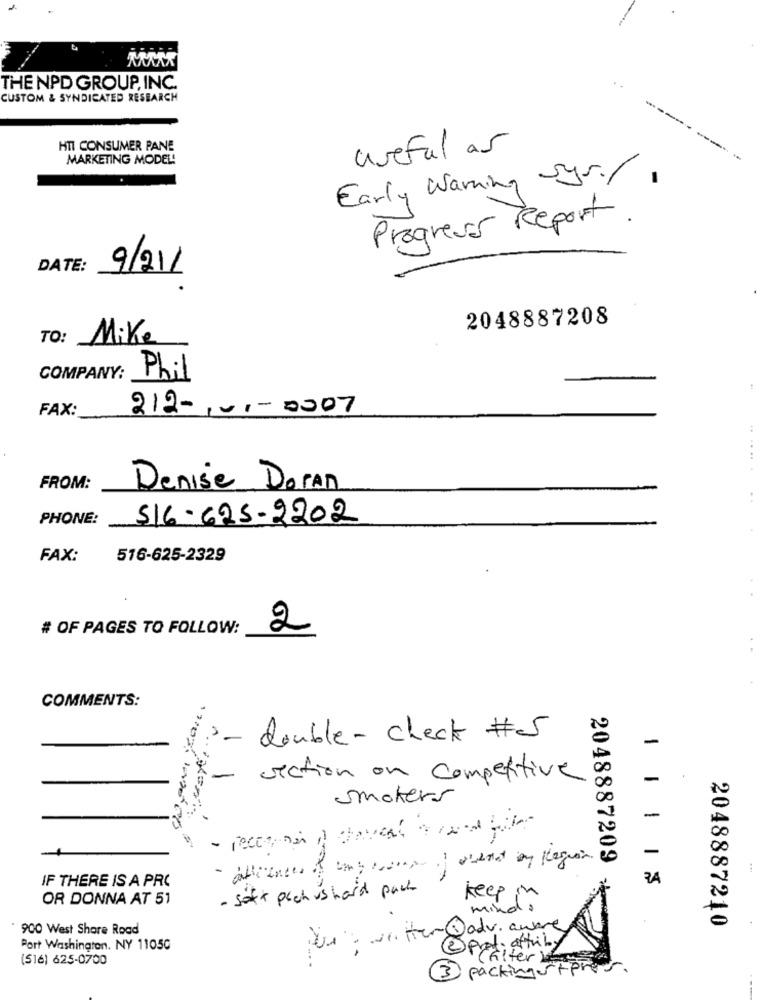
THE NPD GROUP, INC.
CUSTOM & SYNDICATED RESEARCH
HTI CONSUMER PANE
useful as
MARKETING MODEL!
Early Warning Sys./.
Progress Report.
DATE:
9/21/
2048887208
TO:
Mike
COMPANY:
Phil
FAX:
212-1-1-2007
FROM:
Denise Doran
PHONE:
516-625-2202
FAX:
516-625-2329
# OF PAGES TO FOLLOW:
2
COMMENTS:
3- double - check #5
-
- section on competitive
-
Smokers
-
- alliances of any come if arend by Region.
2048887209
IF THERE IS A PRC
34
- soft pach us hard pack
OR DONNA AT 51
keep in
mind
2048887240
900 West Shore Road
Purewater@adv.awere
@ prof; attiny
Port Washington. NY 11050
(516) 625-0700
Filter
3 packingstores.